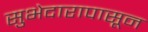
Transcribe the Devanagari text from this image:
सुभेदारापासून